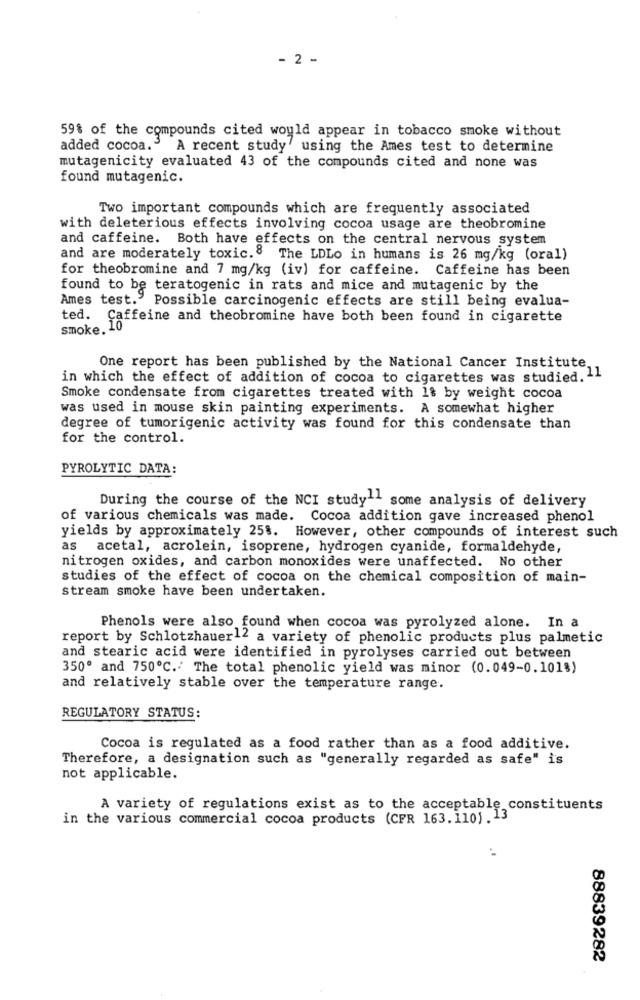
- 2 -
59% of the compounds cited would appear in tobacco smoke without
added cocoa. A recent study' using the Ames test to determine
mutagenicity evaluated 43 of the compounds cited and none was
found mutagenic.
Two important compounds which are frequently associated
with deleterious effects involving cocoa usage are theobromine
and caffeine. Both have effects on the central nervous system
and are moderately toxic. 8
The LDLo in humans is 26 mg/kg (oral)
for theobromine and 7 mg/kg (iv) for caffeine. Caffeine has been
found to be teratogenic in rats and mice and mutagenic by the
Ames test.' Possible carcinogenic effects are still being evalua-
ted.
Caffeine and theobromine have both been found in cigarette
smoke. 10
One report has been published by the National Cancer Institute,
in which the effect of addition of cocoa to cigarettes was studied. 11
Smoke condensate from cigarettes treated with 1& by weight cocoa
was used in mouse skin painting experiments. A somewhat higher
degree of tumorigenic activity was found for this condensate than
for the control.
PYROLYTIC DATA:
During the course of the NCI study11 some analysis of delivery
of various chemicals was made. Cocoa addition gave increased phenol
yields by approximately 25%. However, other compounds of interest such
as acetal, acrolein, isoprene, hydrogen cyanide, formaldehyde,
nitrogen oxides, and carbon monoxides were unaffected. No other
studies of the effect of cocoa on the chemical composition of main-
stream smoke have been undertaken.
Phenols were also found when cocoa was pyrolyzed alone. In a
report by Schlotzhauer12 a variety of phenolic products plus palmetic
and stearic acid were identified in pyrolyses carried out between
350º and 750℃.' The total phenolic yield was minor (0.049-0.101%)
and relatively stable over the temperature range.
REGULATORY STATUS:
Cocoa is regulated as a food rather than as a food additive.
Therefore, a designation such as "generally regarded as safe" is
not applicable.
A variety of regulations exist as to the acceptable constituents
in the various commercial cocoa products (CFR 163.110). 13
88839282